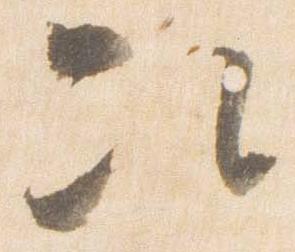
次